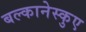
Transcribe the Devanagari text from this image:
बल्कानेस्कुए